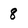
Character: 8